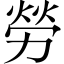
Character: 勞